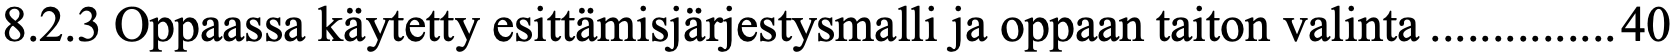
8.2.3 Oppaassa käytetty esittämisjärjestysmalli ja oppaan taiton valinta ............... 40